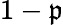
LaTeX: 1-\mathfrak{p}